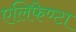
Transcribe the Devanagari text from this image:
एलिफेण्टा